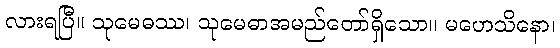
လားရပြီ။ သုမေဓဿ၊ သုမေဓာအမည်တော်ရှိသော။ မဟေသိနော၊